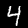
Digit: 4